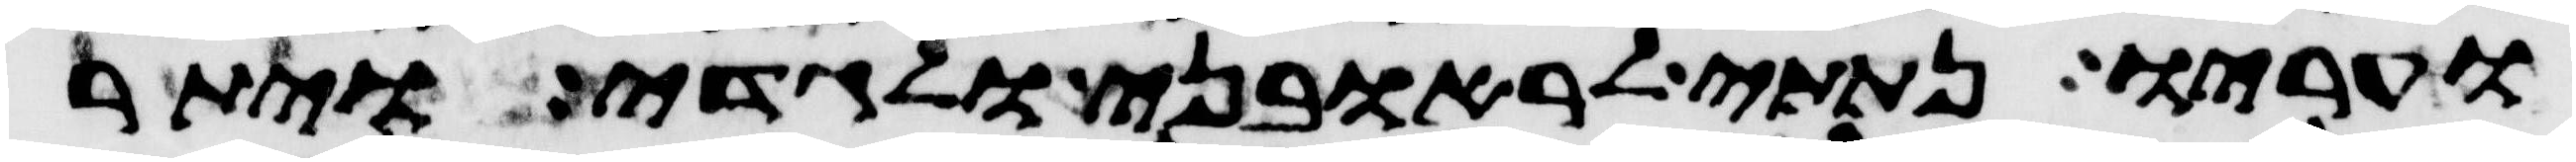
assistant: ועריו נתתי לראובני ולגדי ויתר